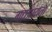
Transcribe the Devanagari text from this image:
गद्यप्रायता